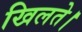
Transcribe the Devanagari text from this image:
खिलते।